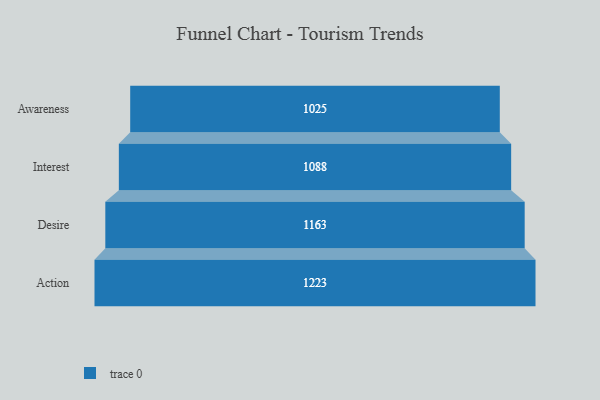
{"axis": {"x": "Stage", "y": "Value"}, "legend": [""], "data": [{"x": "Awareness", "y": 1025.0, "type": ""}, {"x": "Interest", "y": 1088.0, "type": ""}, {"x": "Desire", "y": 1163.0, "type": ""}, {"x": "Action", "y": 1223.0, "type": ""}]}